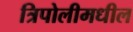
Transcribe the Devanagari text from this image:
त्रिपोलीमधील